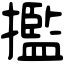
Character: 㩜